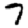
Digit: 7